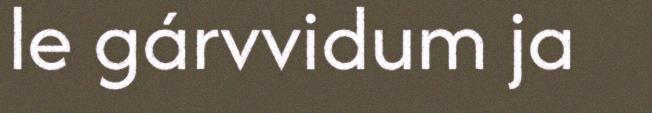
le gárvvidum ja